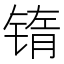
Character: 𰾖